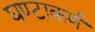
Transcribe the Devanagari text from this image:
घण्टाकर्ण